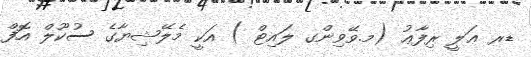
ޑރ ޢަލީ ރިފާޢު (މ.ވޭވިންގ ލައިޓް ) އަކީ މެލޭޝިޔާގެ ސުކޫލް އޮފް